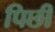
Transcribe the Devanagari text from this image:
पिछी